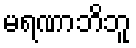
မရဏာဘိဘူ